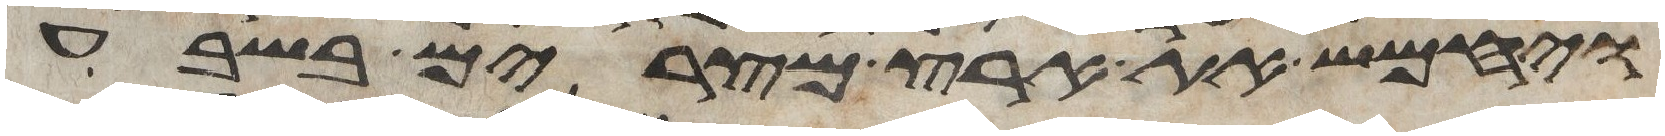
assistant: ויחמש את ארץ מצרים בשבע